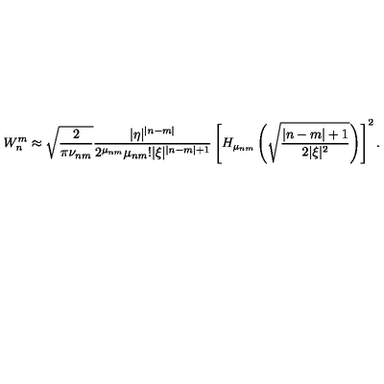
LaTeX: W _ { n } ^ { m } \approx \sqrt { \frac 2 { \pi \nu _ { n m } } } \frac { | \eta | ^ { | n - m | } } { 2 ^ { \mu _ { n m } } \mu _ { n m } ! | \xi | ^ { | n - m | + 1 } } \left[ H _ { \mu _ { n m } } \left( \sqrt { \frac { | n - m | + 1 } { 2 | \xi | ^ { 2 } } } \right) \right] ^ { 2 } .